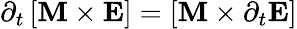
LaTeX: \partial_{t}\left[\boldsymbol{\boldsymbol{\mathbf{M}}}\times\boldsymbol{\mathbf{E}}\right]=\left[\boldsymbol{\boldsymbol{\mathbf{M}}}\times\partial_{t}\boldsymbol{\mathbf{E}}\right]